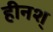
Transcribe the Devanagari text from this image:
हीनश्